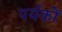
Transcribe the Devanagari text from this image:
पर्यकों